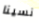
نسينا